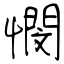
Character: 憫